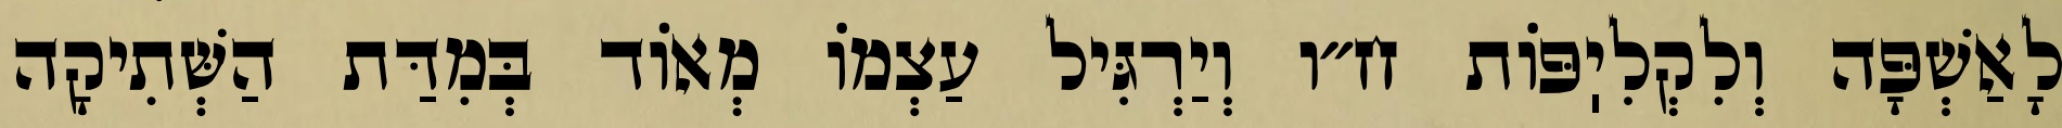
לָאַשְׁפָּה וְלִקְלִיֽפּוֹת ח״ו וְיַרְגִּיל עַצְמוֹ מְאוֹד בְּמִדַּת הַשְּׁתִיקָה